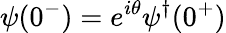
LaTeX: \psi(0^{-})=e^{i\theta}\psi^{\dagger}(0^{+})